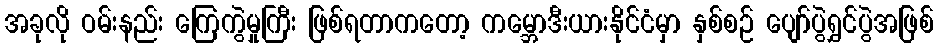
အခုလို ဝမ်းနည်း ကြေကွဲမှုကြီး ဖြစ်ရတာကတော့ ကမ္ဘောဒီးယားနိုင်ငံမှာ နှစ်စဉ် ပျော်ပွဲရွှင်ပွဲအဖြစ်